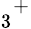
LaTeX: {_{3}}^{+}